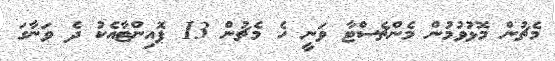
މެޗުން މޮޅުވުމުން މެންޗެސްޓާ ވަނީ ހެ މެޗުން 13 ޕޮއިންޓާއެކު ދެ ވަނާގަ